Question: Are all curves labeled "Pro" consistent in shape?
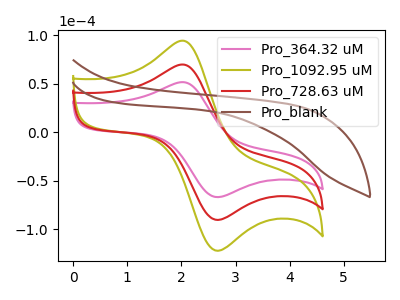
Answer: <think>The pink curve "Pro_364.32 uM" has an anodic peak at (2.05V, 51.60uA) and a cathodic peak at (2.65V, -66.95uA). The olive curve "Pro_1092.95 uM" has an anodic peak at (2.05V, 139.50uA) and a cathodic peak at (2.65V, -181.00uA). The red curve "Pro_728.63 uM" has an anodic peak at (2.05V, 69.75uA) and a cathodic peak at (2.65V, -90.50uA). The brown curve "Pro_blank" has no peaks.
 All the peaks in "Pro_364.32 uM" have a peak in "Pro_1092.95 uM" at the same potential. Every peak in "Pro_364.32 uM" is lower than every peak in "Pro_1092.95 uM". All the peaks in "Pro_364.32 uM" have a peak in "Pro_728.63 uM" at the same potential. Every peak in "Pro_364.32 uM" is lower than every peak in "Pro_728.63 uM". "Pro_364.32 uM" and "Pro_blank" have a different number of peaks. All the peaks in "Pro_1092.95 uM" have a peak in "Pro_728.63 uM" at the same potential. Every peak in "Pro_1092.95 uM" is higher than every peak in "Pro_728.63 uM". "Pro_1092.95 uM" and "Pro_blank" have a different number of peaks. "Pro_728.63 uM" and "Pro_blank" have a different number of peaks.</think>
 <answer>All the CV's of "Pro" have similar shape.</answer>
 <eval>follow_rule</eval>